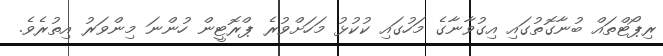
ރިޕޯޓްތައް ބުނާގޮތުގައި އިގުވާނާގެ މަހުގައި ކުކުޅު މަހަށްވުރެ ޕްރޮޓީން ހުންނަ މިންވަރު އިތުރެވެ.